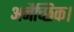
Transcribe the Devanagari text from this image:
अनैच्छिक।